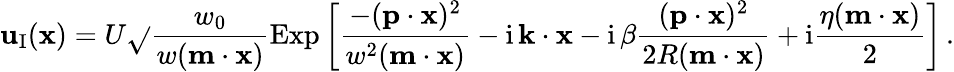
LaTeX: \mathbf{u}_{\textup{I}}({\mathbf{x}})=U\sqrt{}{{\frac{{w_{0}}}{{w({\mathbf{m}}\cdot{\mathbf{x}})}}}}\mathrm{{Exp}}\left[\frac{{-({\mathbf{p}}\cdot{\mathbf{x}})^{2}}}{{w^{2}({\mathbf{m}}\cdot{\mathbf{x}})}}-\mathrm{{i}}\, {\mathbf{k}}\cdot{\mathbf{x}}-\mathrm{{i}}\, \beta\frac{{({\mathbf{p}}\cdot{\mathbf{x}})^{2}}}{{2R({\mathbf{m}}\cdot{\mathbf{x}})}}+\mathrm{{i}}\frac{{\eta({\mathbf{m}}\cdot{\mathbf{x}})}}{{2}}\right]\, .